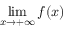
\operatorname* { l i m } _ { x \to + \infty } { f ( x ) }